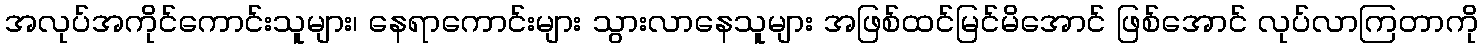
အလုပ်အကိုင်ကောင်းသူများ၊ နေရာကောင်းများ သွားလာနေသူများ အဖြစ်ထင်မြင်မိအောင် ဖြစ်အောင် လုပ်လာကြတာကို